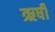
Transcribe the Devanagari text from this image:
ऋर्षी